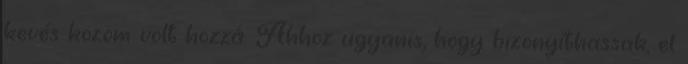
kevés közöm volt hozzá. Ahhoz ugyanis, hogy bizonyíthassak, el